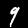
Digit: 9